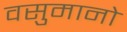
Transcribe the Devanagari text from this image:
वसुमानो